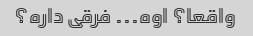
واقعا؟ اوه... فرقی داره؟